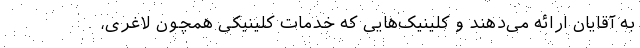
به آقایان ارائه می‌دهند و کلینیک‌هایی که خدمات کلینیکی همچون لاغری،